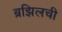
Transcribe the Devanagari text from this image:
ब्रझिलची